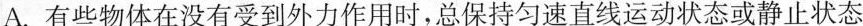
A.有些物体在没有受到外力作用时，总保持匀速直线运动状态或静止状态